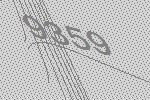
9359